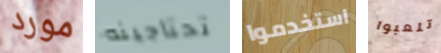
مورد تحتاجينه استخدموا تلعبوا